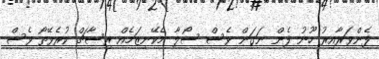
ފެންވަރާއިރު ހޫނު ފެން ނަގަން ވެސް ސޯލާ މެކޭނިޒަމެއް ރިސާޗް ކުރެވޭތޯ ވެސް